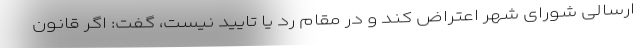
ارسالی شورای شهر اعتراض کند و در مقام رد یا تایید نیست، گفت: اگر قانون